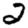
Digit: 2